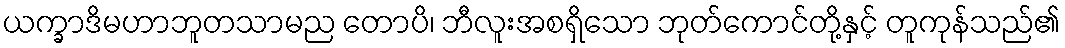
ယက္ခာဒိမဟာဘူတသာမည တောပိ၊ ဘီလူးအစရှိသော ဘုတ်ကောင်တို့နှင့် တူကုန်သည်၏